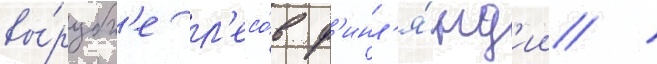
вы́рубк'е л'есо́в ф'инл'я́нд'ии /